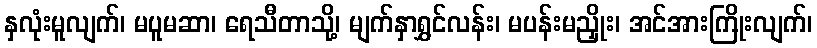
နှလုံးမူလျက်၊ မပူမဆာ၊ ရေသီတာသို့၊ မျက်နှာရွှင်လန်း၊ မပန်းမညှိုး၊ အင်အားကြိုးလျက်၊